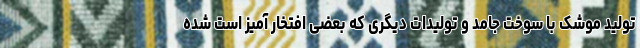
تولید موشک با سوخت جامد و تولیدات دیگری که بعضی افتخار آمیز است شده